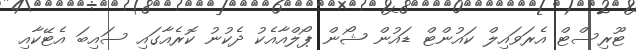
ޓޫރިސްޓް އެރަވައިލް ކައުންޓް ޑައުން ޝޯން ޕޯލްއާއެކު ދެކުނު ކޮރެއާގައި ސައިބަ އެޓޭކާއި